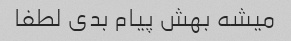
میشه بهش پیام بدی لطفا